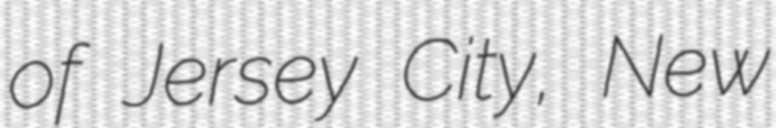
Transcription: of Jersey City, New